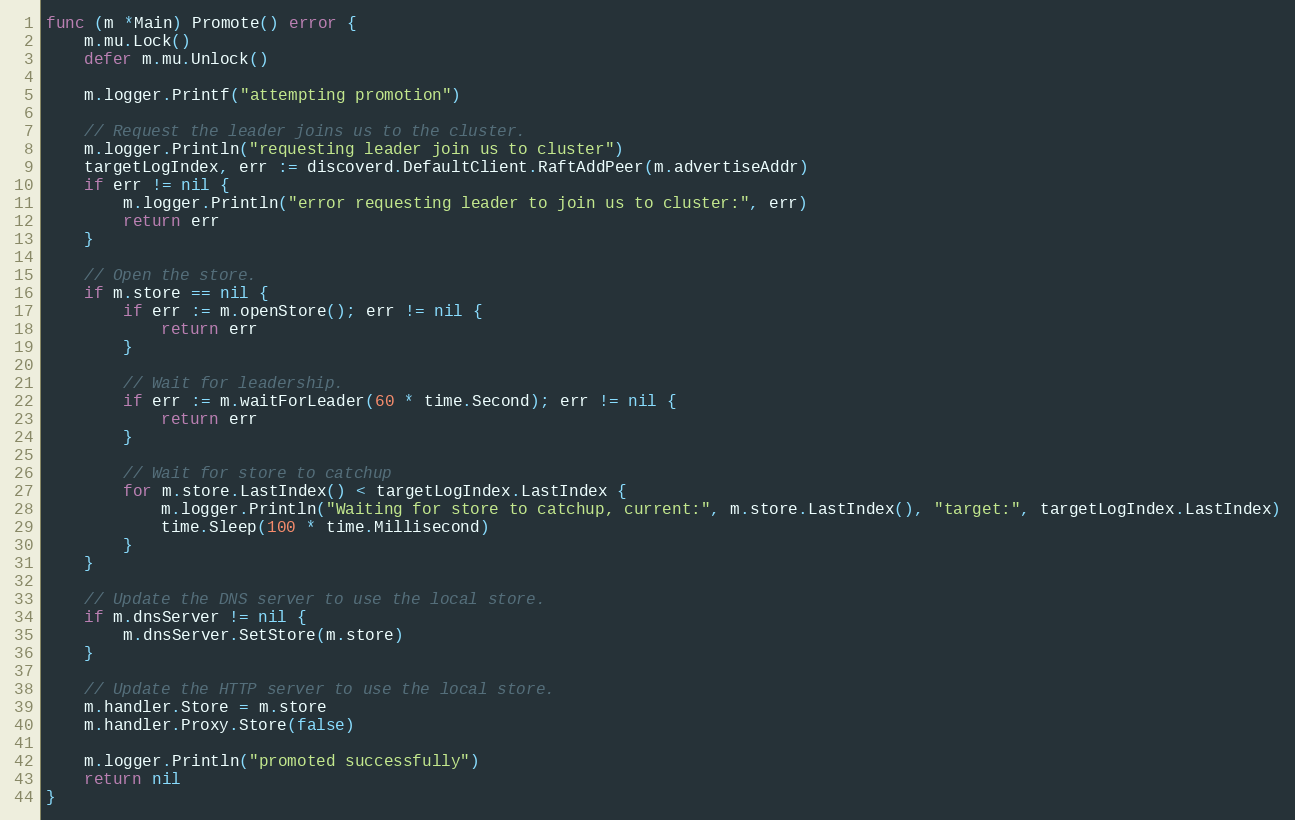
Language: Go
func (m *Main) Promote() error {
	m.mu.Lock()
	defer m.mu.Unlock()

	m.logger.Printf("attempting promotion")

	// Request the leader joins us to the cluster.
	m.logger.Println("requesting leader join us to cluster")
	targetLogIndex, err := discoverd.DefaultClient.RaftAddPeer(m.advertiseAddr)
	if err != nil {
		m.logger.Println("error requesting leader to join us to cluster:", err)
		return err
	}

	// Open the store.
	if m.store == nil {
		if err := m.openStore(); err != nil {
			return err
		}

		// Wait for leadership.
		if err := m.waitForLeader(60 * time.Second); err != nil {
			return err
		}

		// Wait for store to catchup
		for m.store.LastIndex() < targetLogIndex.LastIndex {
			m.logger.Println("Waiting for store to catchup, current:", m.store.LastIndex(), "target:", targetLogIndex.LastIndex)
			time.Sleep(100 * time.Millisecond)
		}
	}

	// Update the DNS server to use the local store.
	if m.dnsServer != nil {
		m.dnsServer.SetStore(m.store)
	}

	// Update the HTTP server to use the local store.
	m.handler.Store = m.store
	m.handler.Proxy.Store(false)

	m.logger.Println("promoted successfully")
	return nil
}